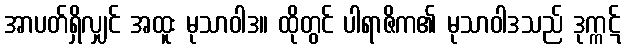
အာပတ်ရှိလျှင် အထူး မုသာဝါဒ။ ထိုတွင် ပါရာဇိက၏ မုသာဝါဒသည် ဒုက္ကဋ်